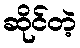
ဆိုင်တဲ့